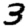
Digit: 3